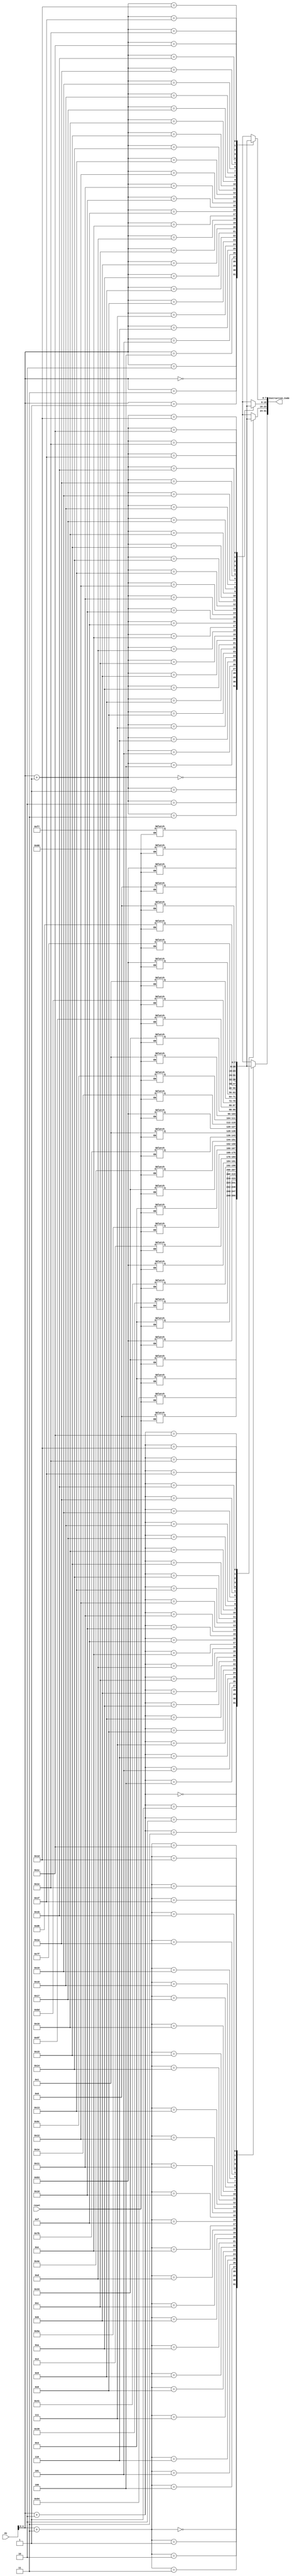
`timescale 1ns / 1ps
// Instruction Memory

module INST_MEM(
    input [31:0] PC,
    input reset,
    output [31:0] Instruction_Code
);
    reg [7:0] Memory [31:0]; // Byte addressable memory with 32 locations

    // Under normal operation 
    assign Instruction_Code = {Memory[PC+3],Memory[PC+2],Memory[PC+1],Memory[PC]};

    // Initializing memory when reset is one
    always @(reset)
    begin
        if(reset == 1)
        begin
            // Setting 32-bit instruction: add t1, s0,s1 => 0x00940333 
            Memory[3] = 8'h00;
            Memory[2] = 8'h94;
            Memory[1] = 8'h03;
            Memory[0] = 8'h33;
            // Setting 32-bit instruction: sub t2, s2, s3 => 0x413903b3
            Memory[7] = 8'h41;
            Memory[6] = 8'h39;
            Memory[5] = 8'h03;
            Memory[4] = 8'hb3;
            // Setting 32-bit instruction: mul t0, s4, s5 => 0x035a02b3
            Memory[11] = 8'h03;
            Memory[10] = 8'h5a;
            Memory[9] = 8'h02;
            Memory[8] = 8'hb3;
            // Setting 32-bit instruction: xor t3, s6, s7 => 0x017b4e33
            Memory[15] = 8'h01;
            Memory[14] = 8'h7b;
            Memory[13] = 8'h4e;
            Memory[12] = 8'h33;
            // Setting 32-bit instruction: sll t4, s8, s9
            Memory[19] = 8'h01;
            Memory[18] = 8'h9c;
            Memory[17] = 8'h1e;
            Memory[16] = 8'hb3;
            // Setting 32-bit instruction: srl t5, s10, s11
            Memory[23] = 8'h01;
            Memory[22] = 8'hbd;
            Memory[21] = 8'h5f;
            Memory[20] = 8'h33;
            // Setting 32-bit instruction: and t6, a2, a3
            Memory[27] = 8'h00;
            Memory[26] = 8'hd6;
            Memory[25] = 8'h7f;
            Memory[24] = 8'hb3;
            // Setting 32-bit instruction: or a7, a4, a5
            Memory[31] = 8'h00;
            Memory[30] = 8'hf7;
            Memory[29] = 8'h68;
            Memory[28] = 8'hb3;
        end
    end
endmodule